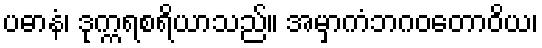
ပဓာနံ၊ ဒုက္ကရစရိယာသည်။ အမှာကံဘဂဝတောဝိယ၊